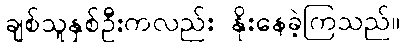
ချစ်သူနှစ်ဦးကလည်း နိုးနေခဲ့ကြသည်။